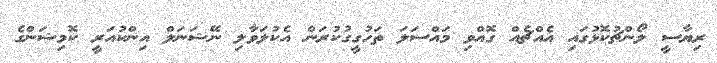
ރިޔާސީ ލޯންޗުކޮޅުގައި އެއްޗެއް ގޮއްވި މައްސަލަ ތަހުގީގުކުރަން އެކުލަވާލި ނޭޝަނަލް އިންކުއަރީ ކޮމިޝަންގެ